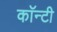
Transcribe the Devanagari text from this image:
काॅन्टी